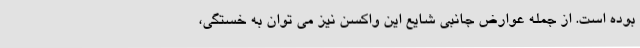
بوده است. از جمله عوارض جانبی شایع این واکسن نیز می توان به خستگی،